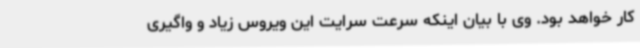
کار خواهد بود. وی با بیان اینکه سرعت سرایت این ویروس زیاد و واگیری